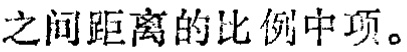
之间距离的比例中项。